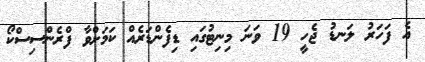
އެ ފަހަރު ލަނޑު ޖެހީ 19 ވަނަ މިނިޓުގައި ޑިފެންޑަރެއް ކަމަށްވާ ފްރެންސިސްކޯ